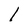
Character: 1